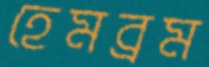
হেমব্রম